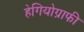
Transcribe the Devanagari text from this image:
हेगियोग्राफी